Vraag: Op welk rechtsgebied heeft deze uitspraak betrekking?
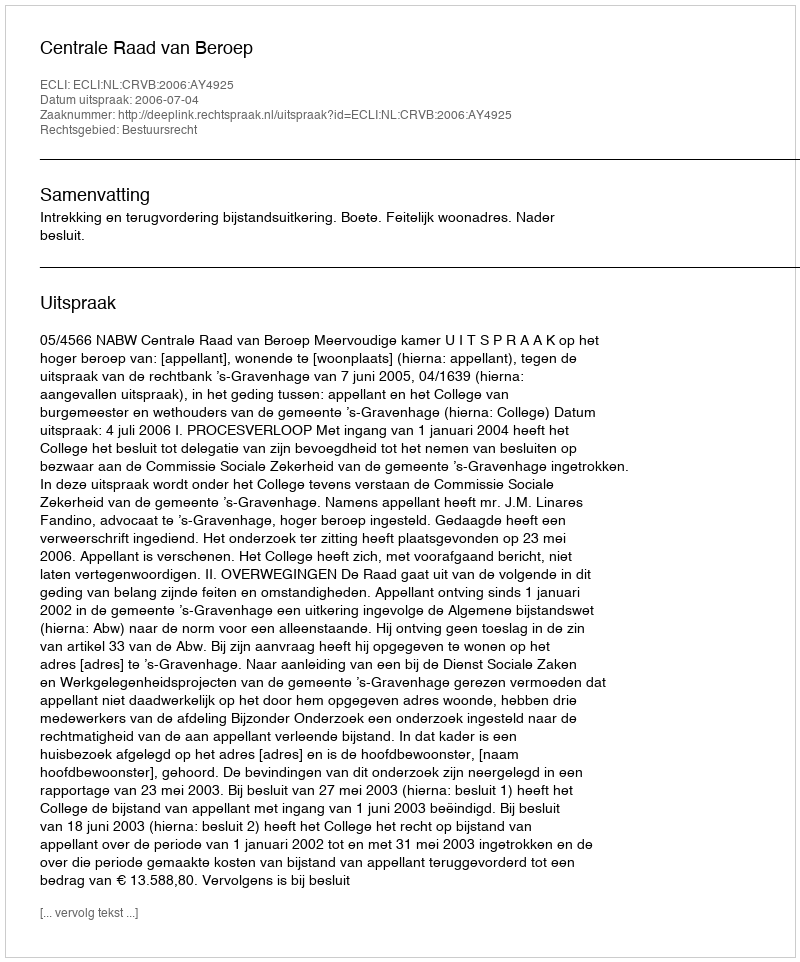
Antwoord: Bestuursrecht